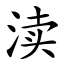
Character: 渎